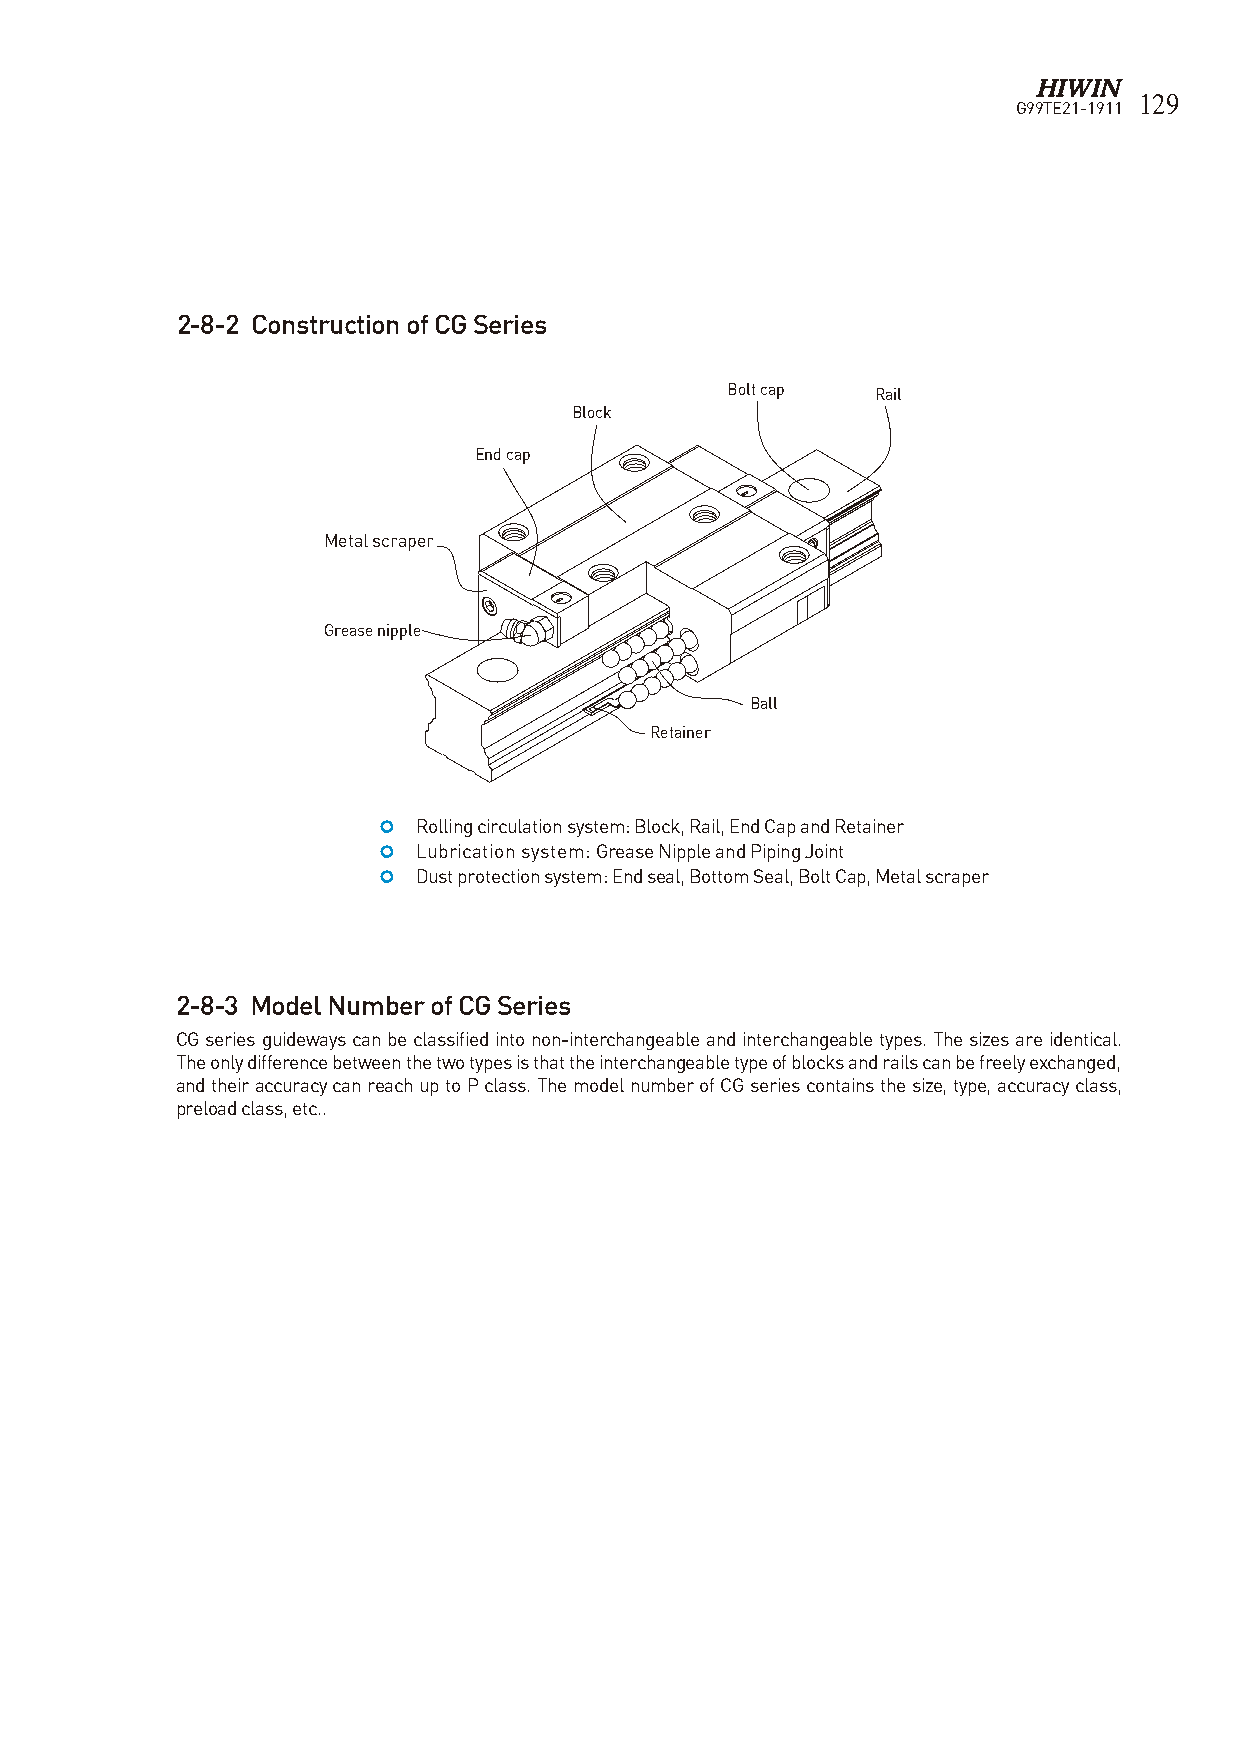
129
 G99TE21-1911
 2-8-2 Construction of CG Series
 Bolt cap  Rail
 Block
 End cap
 Metal scraper
 Grease nipple
 Ball
 Retainer
   Rolling circulation system: Block, Rail, End Cap and Retainer
   Lubrication system: Grease Nipple and Piping Joint
   Dust protection system: End seal, Bottom Seal, Bolt Cap, Metal scraper
 2-8-3 Model Number of CG Series
 CG series guideways can be classified into non-interchangeable and interchangeable types. The sizes are identical.
 The only difference between the two types is that the interchangeable type of blocks and rails can be freely exchanged,
 and their accuracy can reach up to P class. The model number of CG series contains the size, type, accuracy class,
 preload class, etc..